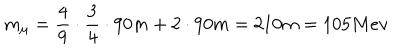
LaTeX: m _ { \mu } = \frac 4 9 \cdot \frac 3 4 \cdot 9 0 m + 2 \cdot 9 0 m = 2 1 0 m = 1 0 5 M e v